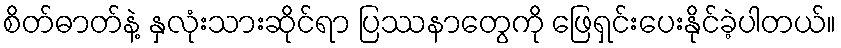
စိတ်ဓာတ်နဲ့ နှလုံးသားဆိုင်ရာ ပြဿနာတွေကို ဖြေရှင်းပေးနိုင်ခဲ့ပါတယ်။